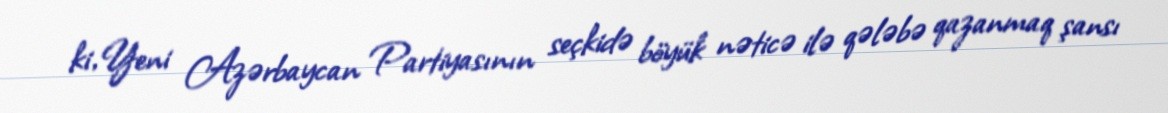
ki, Yeni Azərbaycan Partiyasının seçkidə böyük nəticə ilə qələbə qazanmaq şansı